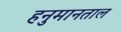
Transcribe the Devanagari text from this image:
हनुमानताल